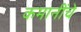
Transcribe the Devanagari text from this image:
कमानींचे